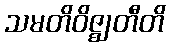
သမတိဝိဇ္ဈတီတိ